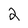
Character: 2